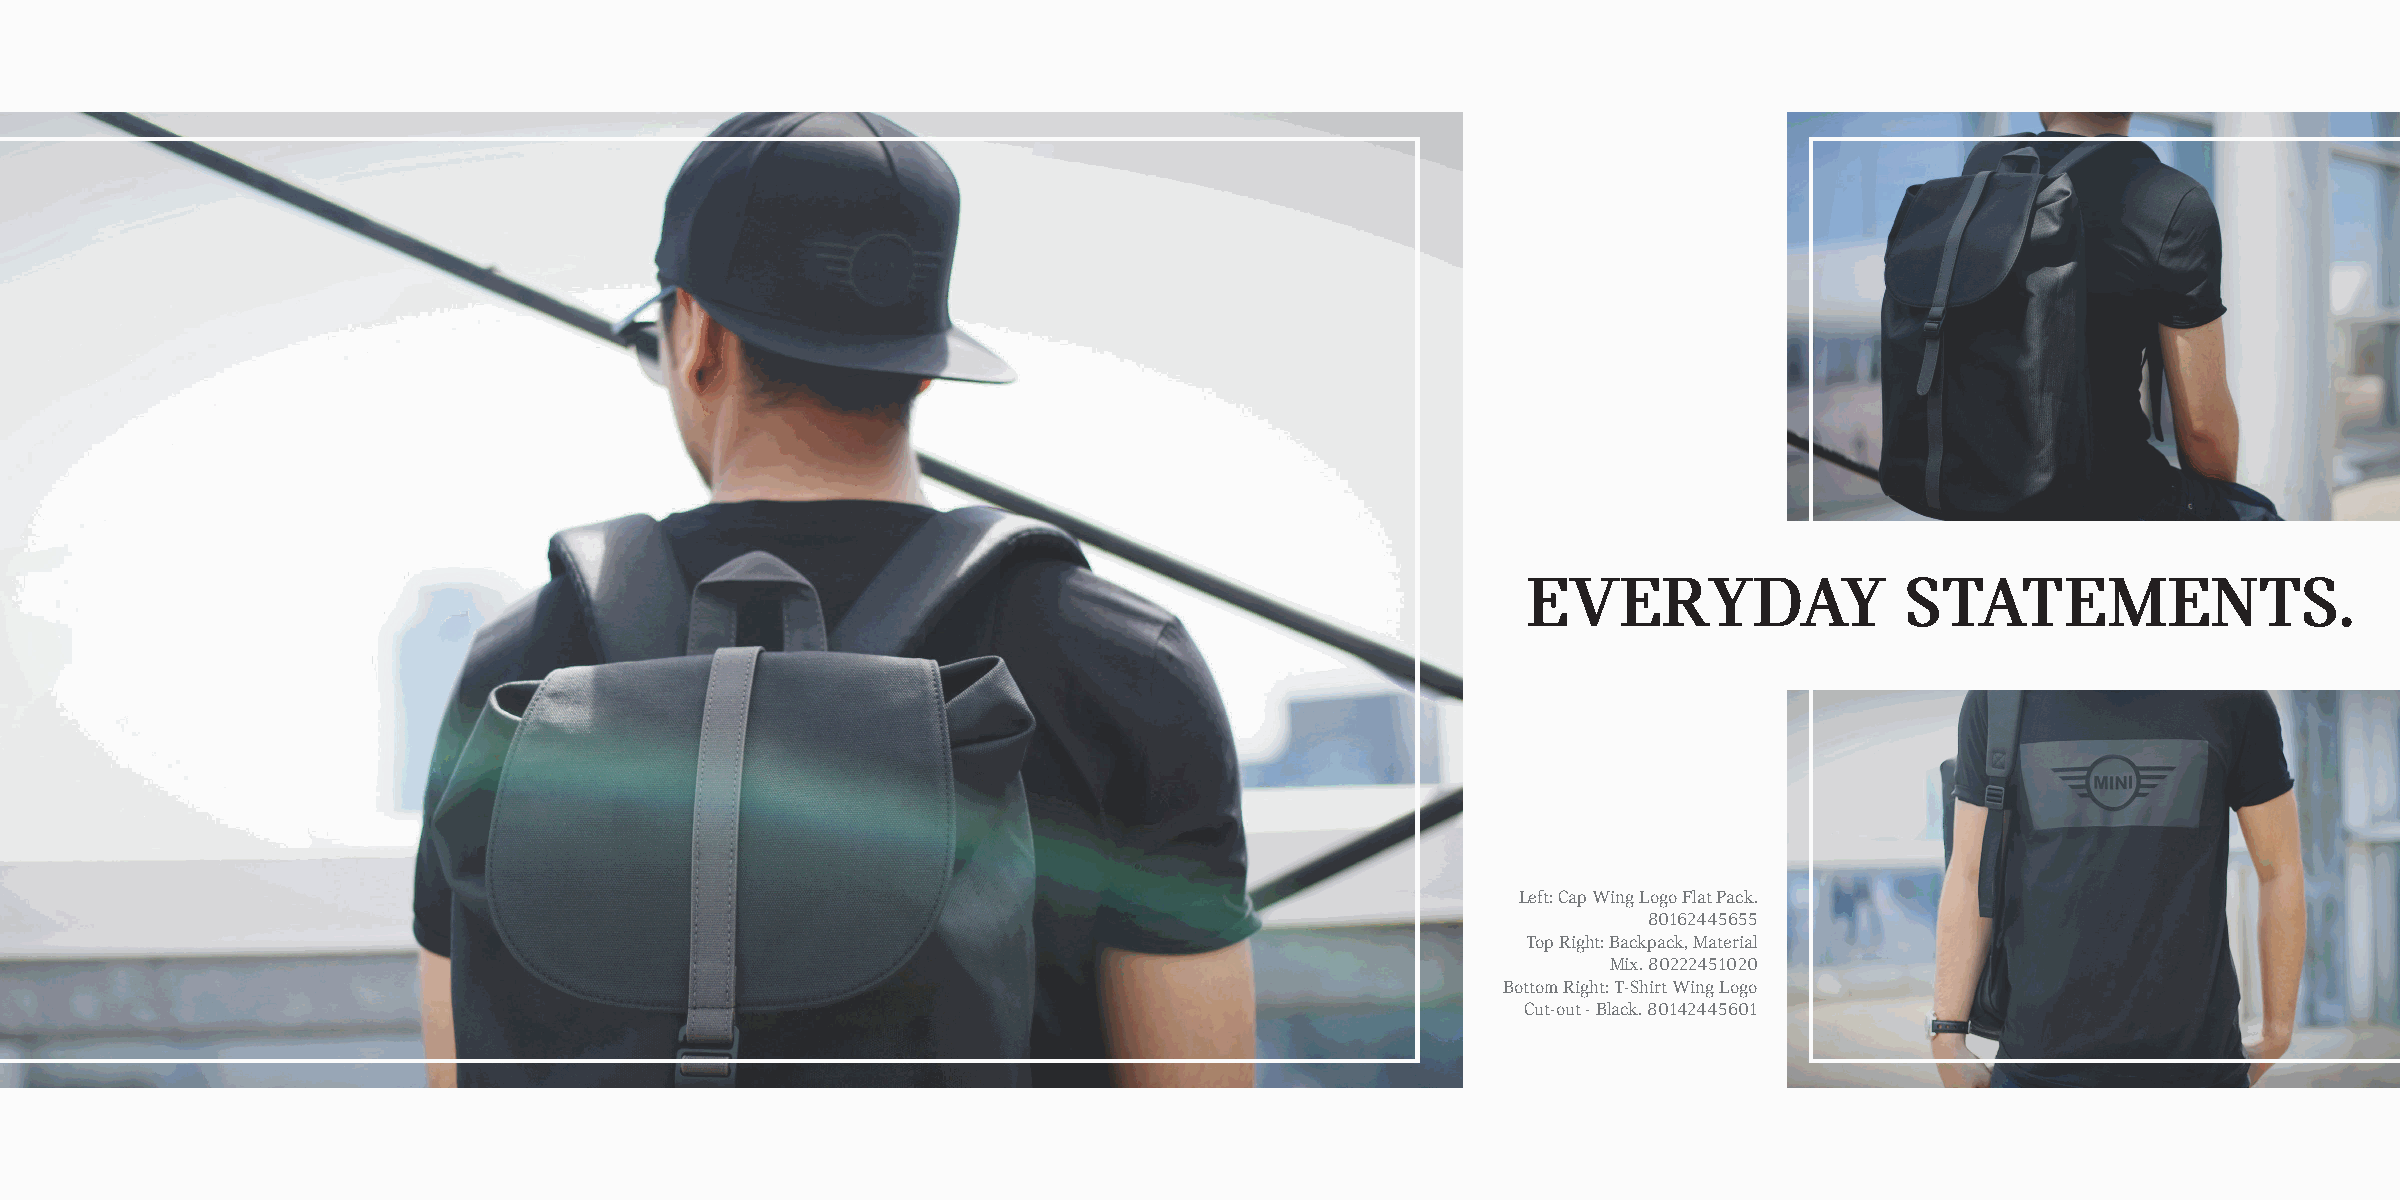
EVERYDAY                 STATEMENTS.
 Left: Cap Wing Logo Flat Pack.
 80162445655
 Top Right: Backpack, Material
 Mix. 80222451020
 Bottom Right: T-Shirt Wing Logo
 Cut-out - Black. 80142445601